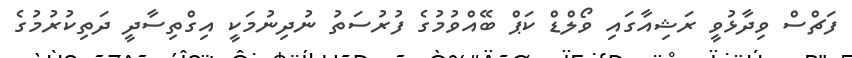
ފަޗްސް ވިދާޅުވީ ރަޝިއާގައި ވޯލްޑް ކަޕް ބޭއްވުމުގެ ފުރުސަތު ނުދިނުމަކީ އިގްތިސާދީ ދަތިކުރުމުގެ